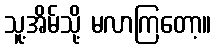
သူ့အိမ်သို့ မလာကြတော့။